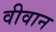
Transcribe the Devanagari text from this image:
वीवान